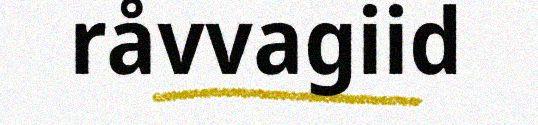
råvvagiid